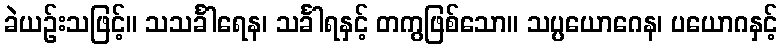
ခဲယဉ်းသဖြင့်။ သသင်္ခါရေန၊ သင်္ခါရနှင့် တကွဖြစ်သော။ သပ္ပယောဂေန၊ ပယောဂနှင့်